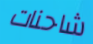
شاحنات